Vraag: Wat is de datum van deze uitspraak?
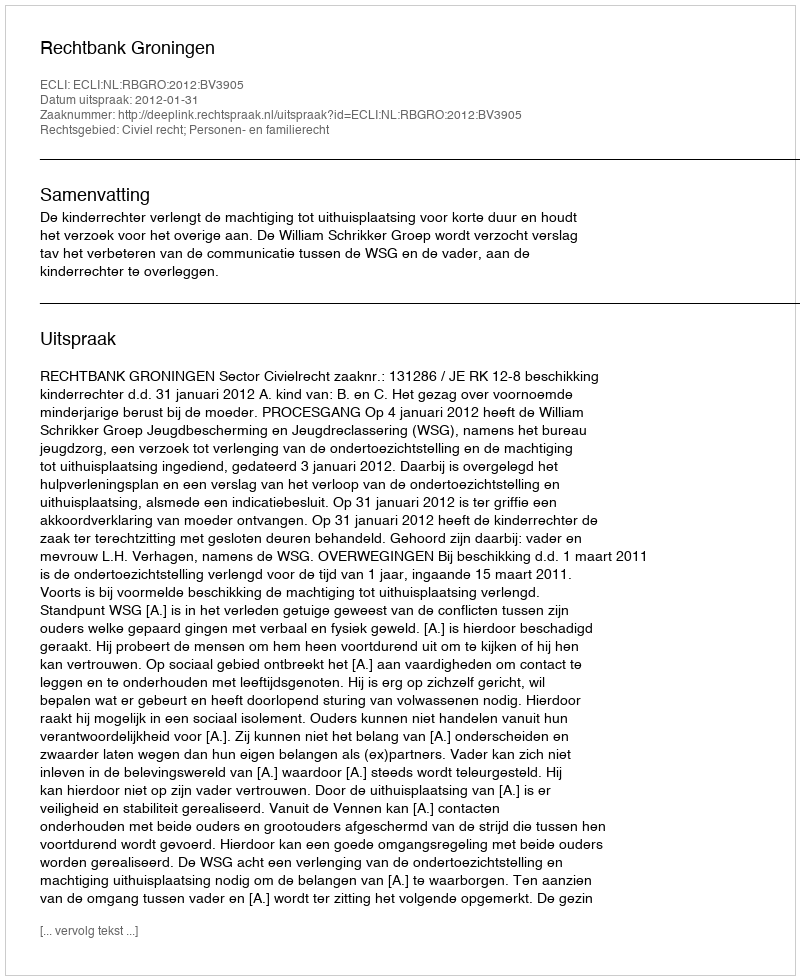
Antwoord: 2012-01-31